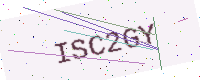
Text: ISC2GY